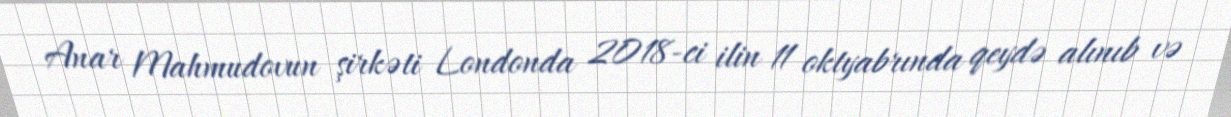
Anar Mahmudovun şirkəti Londonda 2018-ci ilin 11 oktyabrında qeydə alınıb və